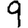
Digit: 9